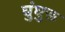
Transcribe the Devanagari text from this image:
घुंघुरू